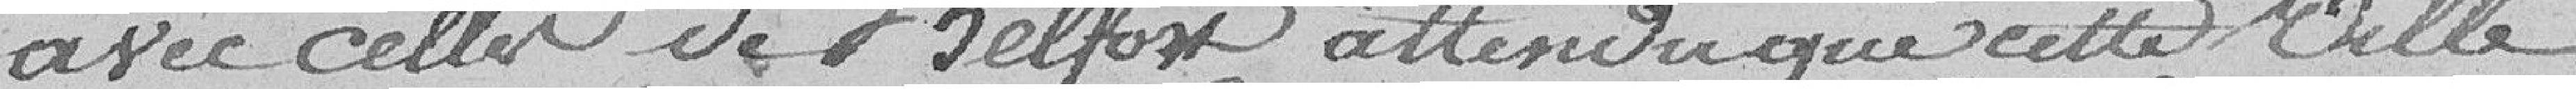
avec celles de Belfort ; attendu que cette Ville